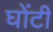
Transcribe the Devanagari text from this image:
घोंटी